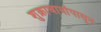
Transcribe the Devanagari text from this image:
शुक्राचार्यापासून